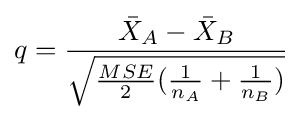
q={\frac {{\bar {X}}_{A}-{\bar {X}}_{B}}{\sqrt {{\frac {MSE}{2}}({\frac {1}{n_{A}}}+{\frac {1}{n_{B}}})}}}